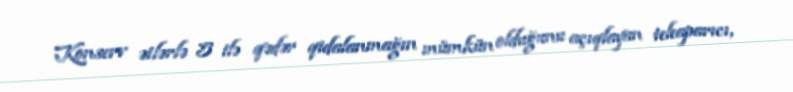
Konserv ətlərlə 5 ilə qədər qidalanmağın mümkün olduğunu açıqlayan teleaparıcı,